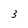
Character: 3